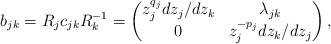
\begin{align*}b_{jk} = R_jc_{jk}R_k^{-1} = \begin{pmatrix} z_j^{q_j}dz_j/dz_k & \lambda_{jk}\\ 0 & z_j^{-p_j}dz_k/dz_j\end{pmatrix},\end{align*}